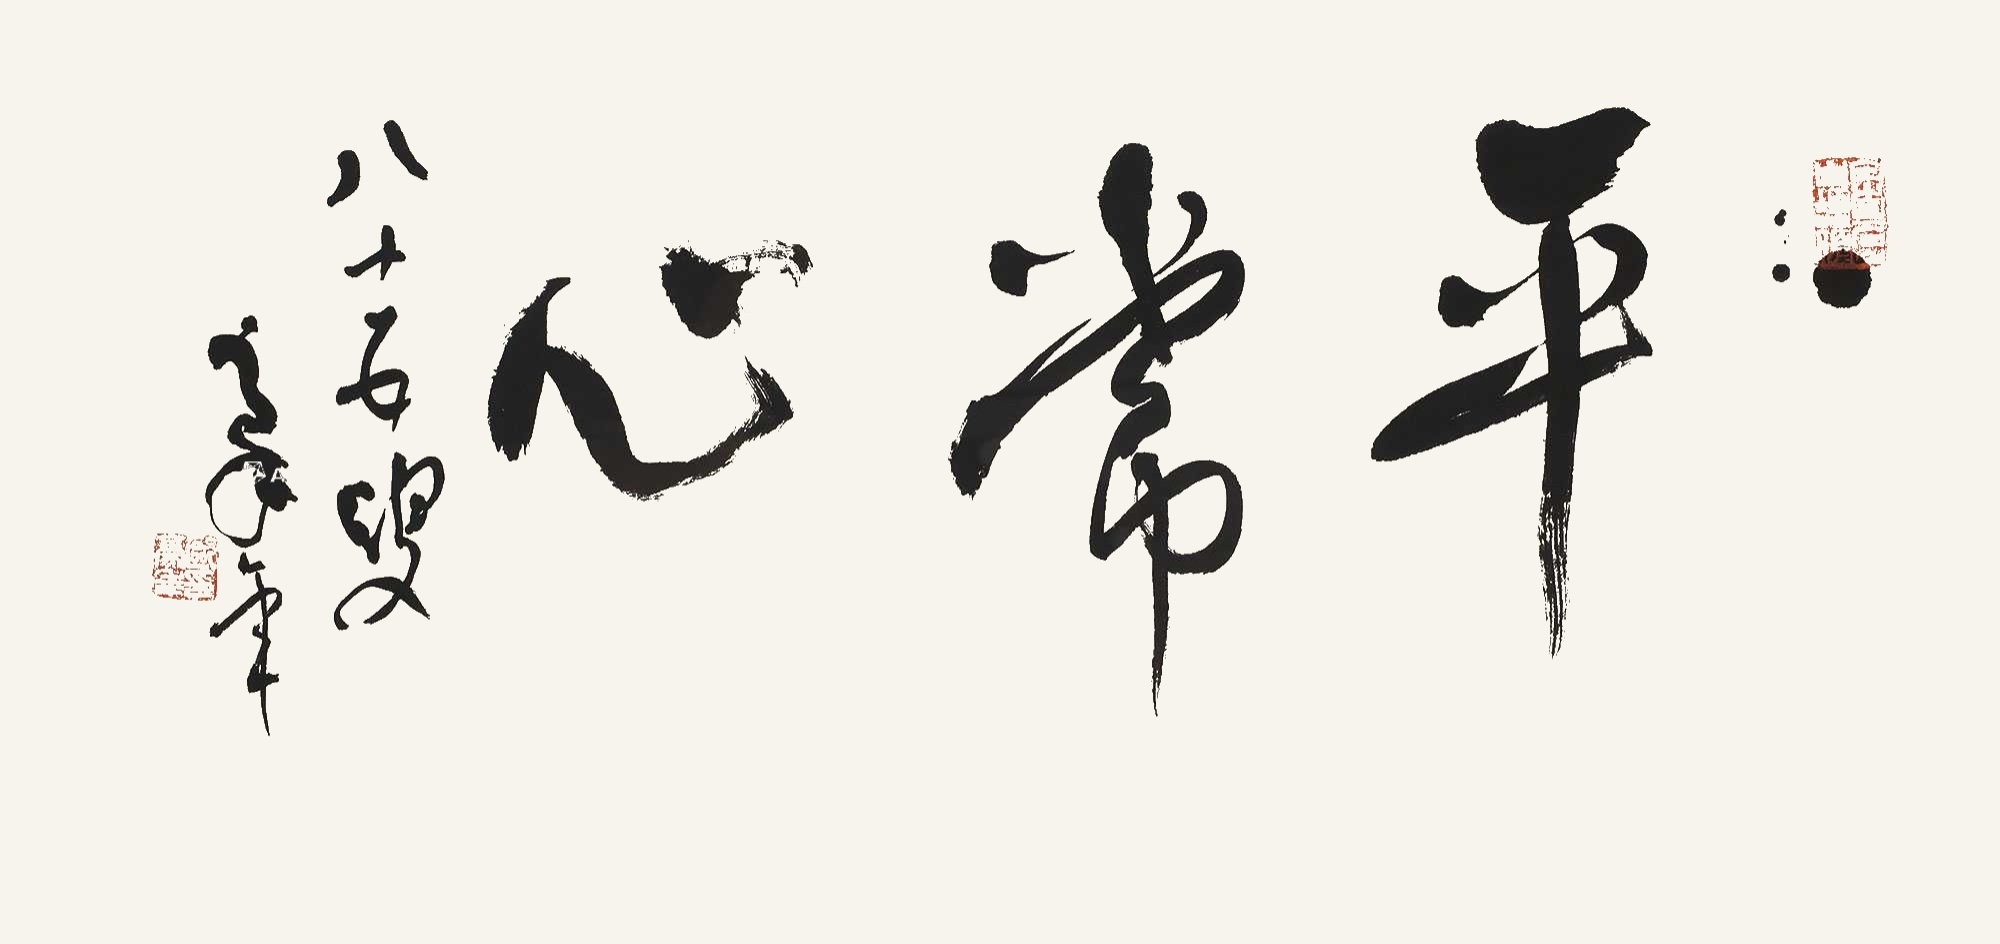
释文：平常心。八十五叟，豪年。